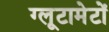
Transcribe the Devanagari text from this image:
ग्लूटामेटों